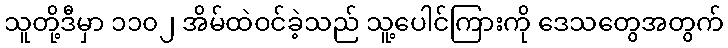
သူတို့ဒီမှာ ၁၁၀၂ အိမ်ထဲဝင်ခဲ့သည် သူ့ပေါင်ကြားကို ဒေသတွေအတွက်